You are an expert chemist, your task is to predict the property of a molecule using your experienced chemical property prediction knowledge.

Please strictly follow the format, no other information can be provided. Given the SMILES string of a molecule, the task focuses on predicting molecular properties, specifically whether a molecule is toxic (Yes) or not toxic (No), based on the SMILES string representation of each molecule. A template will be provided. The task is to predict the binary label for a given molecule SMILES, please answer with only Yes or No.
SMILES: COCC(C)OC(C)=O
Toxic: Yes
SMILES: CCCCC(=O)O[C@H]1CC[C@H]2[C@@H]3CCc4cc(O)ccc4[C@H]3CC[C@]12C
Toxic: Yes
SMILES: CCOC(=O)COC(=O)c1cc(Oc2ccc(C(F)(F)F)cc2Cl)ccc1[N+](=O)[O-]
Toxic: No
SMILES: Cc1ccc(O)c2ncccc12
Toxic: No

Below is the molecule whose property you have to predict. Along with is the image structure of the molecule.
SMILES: CCO[Si](CCCN)(OCC)OCC
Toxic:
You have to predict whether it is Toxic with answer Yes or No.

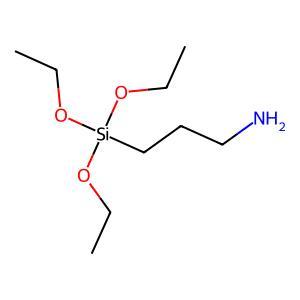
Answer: No